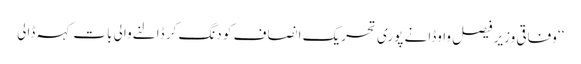
‘‘ وفاقی وزیر فیصل واوڈا نے پوری تحریک انصاف کو دنگ کر ڈالنےوالی بات کہہ ڈالی